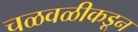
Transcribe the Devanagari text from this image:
चळवळीकडून